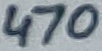
Text: 470